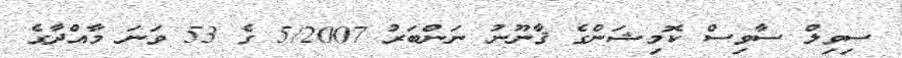
ސިވިލް ސާވިސް ކޮމިޝަންގެ ޤާނޫނު ނަންބަރު 5/2007 ގެ 53 ވަނަ މާއްދާގެ